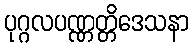
ပုဂ္ဂလပဏ္ဏတ္တိဒေသနာ